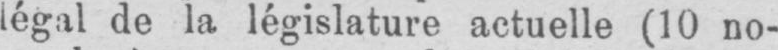
légal de la législature actuelle (10 no-